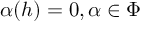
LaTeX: \alpha ( h ) = 0 , \alpha \in \Phi